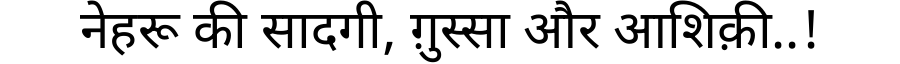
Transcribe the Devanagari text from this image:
नेहरू की सादगी, ग़ुस्सा और आशिक़ी..!